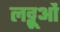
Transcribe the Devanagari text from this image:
लट्टूओं